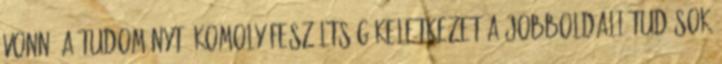
vonná a tudományt, komoly feszültség keletkezet a jobboldali tudósok